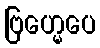
ဗြဟ္မေပေ